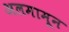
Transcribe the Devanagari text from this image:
अलमामून